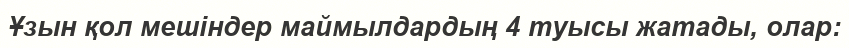
Ұзын қол мешіндер маймылдардың 4 туысы жатады, олар: